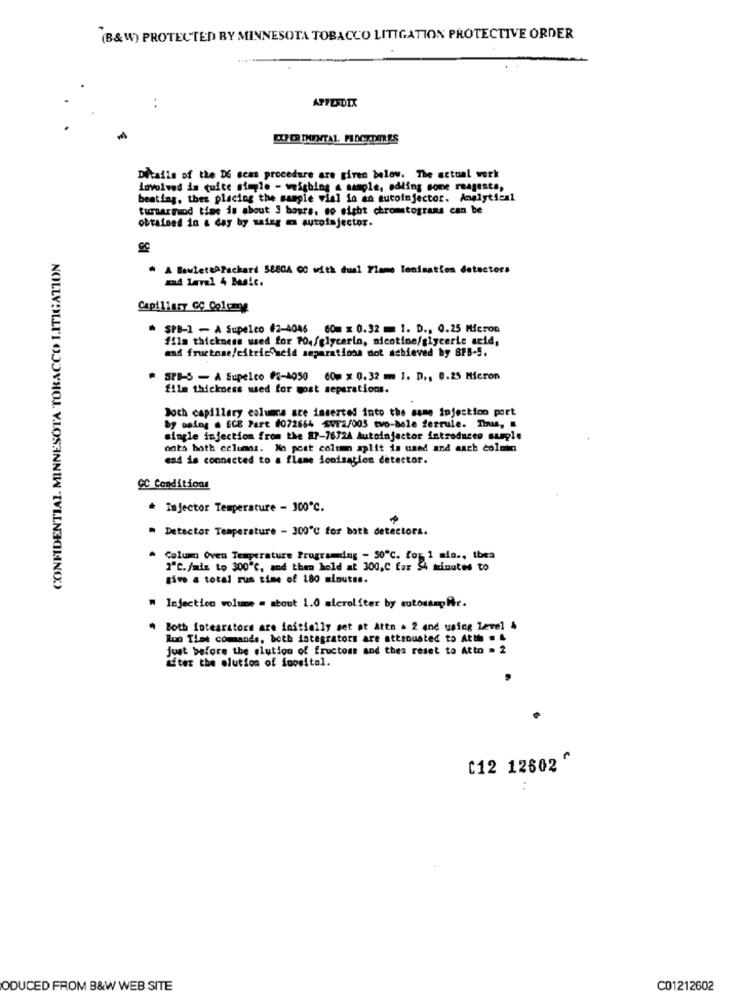
(B&W) PROTECTED BY MINNESOTA TOBACCO LITIGATION PROTECTIVE ORDER
APPENDIX
..
Details of the DE ccas procedure are given below. The actual work
Involved is quite simple - weighing a sample, adding some reagents,
beating, then placing the sample vial in an autoinjector. Analytical
turnarmand time is about 3 hours, so nicht chromatograns can be
obtained in & day by saieg m autoinjector.
CONFIDENTIAL. MINNESOTA TOBACCO LITIGATION
* A BewiettaPackard 5880A CC with dual Flame lonisaties detectors
zad level 4 Basic.
Capillary GC Colcame
SPB-1 - A Supelco #2-4046 60m x 0.32 = 1. D ., 0.25 Micron
film thickness used for PO./glycerin, nicotine/glyceric acid,
and fructose/citricoscid separations not achieved by SPB-5.
SPB-5 - A Supelco #2-4050 60m x 0.32 m 1. D ., 0.25 Micron
film thickness used for most separations.
Doch capillary columns are inserted into the same injection port
by being . ECE Part #072664 SVE2/005 tvo-bele ferrule. Thus,
single injection from the 87-7672A Autoinjector introduces suple
ants both columns. No post column aplit is used and each column
end is connected to a flame ionisation detector.
GC Conditions
Injector Temperature - 300℃.
" Detector Temperature - 300"℃ for both detectors.
* Colum Oven Temperature Programing - 50℃. for 1 min ., then
2"℃.jais to $00℃, and then hold at 300,C Eax $4 minutes to
give a total rus time of 180 minutes.
" Injection volume = about 1.0 microliter by autossmpAr.
Both iotearators are initially set at Attn . 2 and using Level 4
Ruo Tint commands, both integrators are attsousted to Atth . L
just before the elution of fructose and thea reset to Attn = 2
after the olution of iopsital.
[12 12602 ^
ODUCED FROM B&W WEB SITE
C01212602